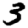
Digit: 3